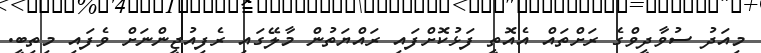
މިއަދު ސުވާދީވްގެ ރަށްތައް އެއޮތީ ފަޅުކޮށްފައި ރައްޔަތުން މާލޭގައި ރެފިއުޖީންނަށް ވެފައި މިތިބީ.